Vaccination Hyderabad 1890-1903 - 1890-1903
Year: 1890
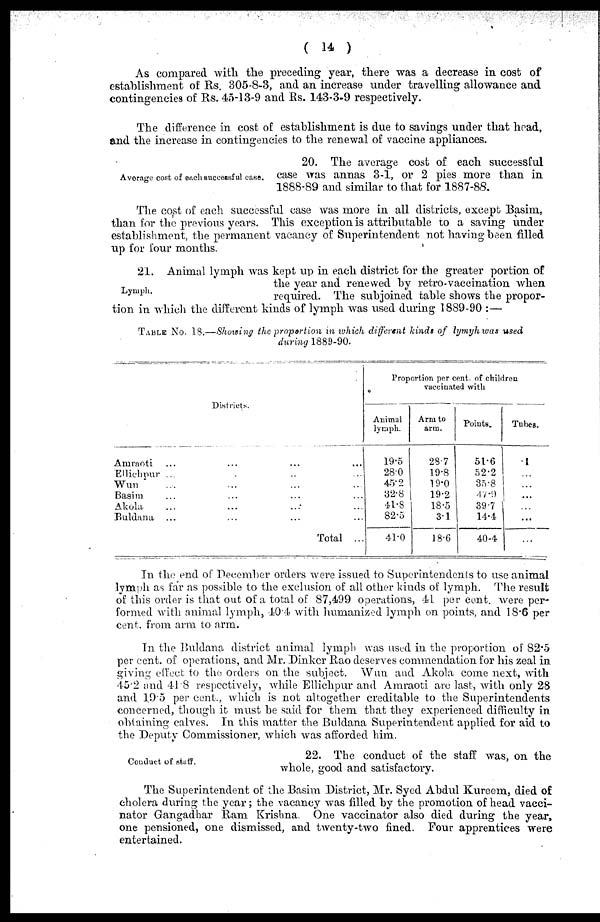
( 14 )
As compared with the preceding year, there was a decrease in cost of
establishment of Rs. 305-8-3, and an increase under travelling allowance and
contingencies of Rs. 45-13-9 and Rs. 143-3-9 respectively.
The difference in cost of establishment is due to savings under that head,
and the increase in contingencies to the renewal of vaccine appliances.
Average cost of each successful case.
20. The average cost of each successful
case was annas 3-1, or 2 pies more than in
1888-89 and similar to that for 1887-88.
The cost of each successful case was more in all districts, except Basim,
than for the previous years. This exception is attributable to a saving under
establishment, the permanent vacancy of Superintendent not having been filled
up for four months.
Lymph.
21. Animal lymph was kept up in each district for the greater portion of
the year and renewed by retro-vaccination when
required. The subjoined table shows the propor-
tion in which the different kinds of lymph was used during 1889-90 :—
TABLE No. 18.—Showing the proportion in which different kinds of lymyh was used
during 1889-90.
Districts.
Amraoti ... ... ... ...
Ellichpur ... ... ... ...
Wun ... ... ... ...
Basim ... ... ... ...
Akola ... ... ... ...
Buldana ... ... ... ...
Total ...
Proportion per cent. of children
vaccinated with
Animal
lymph.
19.5
28.0
45.2
32.8
41.8
82.5
41.0
Arm to
arm.
28.7
19.8
19.0
19.2
18.5
3.1
18.6
Points.
51.6
52.2
35.8
47.9
39.7
14.4
40.4
Tubes.
.1
...
...
...
...
...
...
In the end of December orders were issued to Superintendents to use animal
lymph as far as possible to the exclusion of all other kinds of lymph. The result
of this order is that out of a total of 87,499 operations, 41 per cent. were per-
formed with animal lymph, 40.4 with humanized lymph on points, and 18.6 per
cent. from arm to arm.
In the Buldana district animal lymph was used in the proportion of 82.5
per cent. of operations, and Mr. Dinker Rao deserves commendation for his zeal in
giving effect to the orders on the subject. Wun and Akola come next, with
45.2 and 41.8 respectively, while Ellichpur and Amraoti are last, with only 28
and 19.5 per cent., which is not altogether creditable to the Superintendents
concerned, though it must be said for them that they experienced difficulty in
obtaining calves. In this matter the Buldana Superintendent applied for aid to
the Deputy Commissioner, which was afforded him.
Conduct of staff.
22. The conduct of the staff was, on the
whole, good and satisfactory.
The Superintendent of the Basim District, Mr. Syed Abdul Kureem, died of
cholera during the year; the vacancy was filled by the promotion of head vacci-
nator Gangadhar Ram Krishna. One vaccinator also died during the year,
one pensioned, one dismissed, and twenty-two fined. Four apprentices were
entertained.